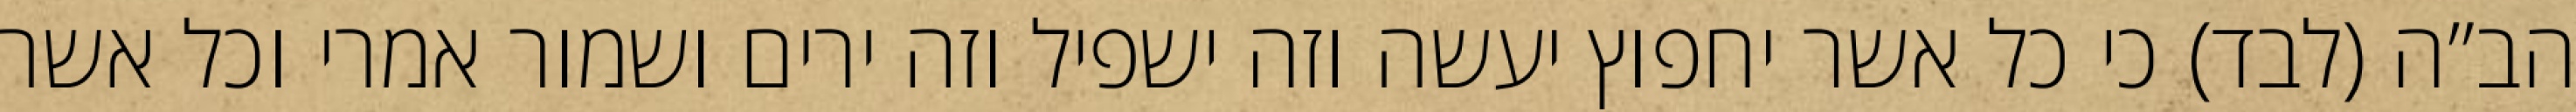
הב”ה (לבד) כי כל אשר יחפוץ יעשה וזה ישפיל וזה ירים ושמור אמרי וכל אשר